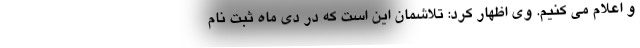
و اعلام می کنیم. وی اظهار کرد: تلاشمان این است که در دی ماه ثبت نام